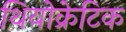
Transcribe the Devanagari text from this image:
थियोक्रेटिक